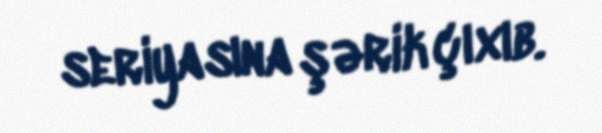
seriyasına şərik çıxıb.